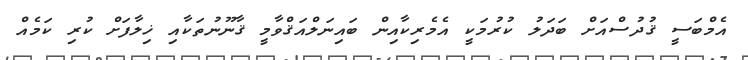
އެމްބަސީ ޤުދުސްއަށް ބަދަލު ކުރުމަކީ އެމެރިކާއިން ބައިނަލްއަޤްވާމީ ޤާނޫނުތަކާއި ޚިލާފަށް ކުރި ކަމެއް